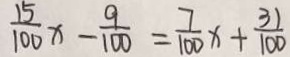
\frac { 1 5 } { 1 0 0 } x - \frac { 9 } { 1 0 0 } = \frac { 7 } { 1 0 0 } x + \frac { 3 1 } { 1 0 0 }